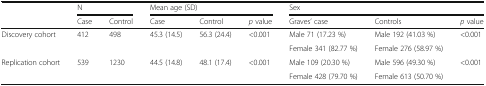
<table><thead><tr><td rowspan="2"></td><td colspan="2"><b>N</b></td><td colspan="3"><b>Mean age (SD)</b></td><td colspan="3"><b>Sex</b></td></tr><tr><td><b>Case</b></td><td><b>Control</b></td><td><b>Case</b></td><td><b>Control</b></td><td><b><i>p</i> value</b></td><td><b>Graves’ case</b></td><td><b>Controls</b></td><td><b><i>p</i> value</b></td></tr></thead><tbody><tr><td rowspan="2">Discovery cohort</td><td rowspan="2">412</td><td rowspan="2">498</td><td rowspan="2">45.3 (14.5)</td><td rowspan="2">56.3 (24.4)</td><td rowspan="2">&lt;0.001</td><td>Male 71 (17.23 %)</td><td>Male 192 (41.03 %)</td><td rowspan="2">&lt;0.001</td></tr><tr><td>Female 341 (82.77 %)</td><td>Female 276 (58.97 %)</td></tr><tr><td rowspan="2">Replication cohort</td><td rowspan="2">539</td><td rowspan="2">1230</td><td rowspan="2">44.5 (14.8)</td><td rowspan="2">48.1 (17.4)</td><td rowspan="2">&lt;0.001</td><td>Male 109 (20.30 %)</td><td>Male 596 (49.30 %)</td><td rowspan="2">&lt;0.001</td></tr><tr><td>Female 428 (79.70 %)</td><td>Female 613 (50.70 %)</td></tr></tbody></table>